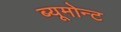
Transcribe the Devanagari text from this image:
ब्यूमोन्ट